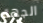
الجهة